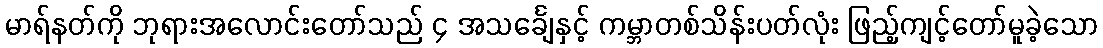
မာရ်နတ်ကို ဘုရားအလောင်းတော်သည် ၄ အသင်္ချေနှင့် ကမ္ဘာတစ်သိန်းပတ်လုံး ဖြည့်ကျင့်တော်မူခဲ့သော